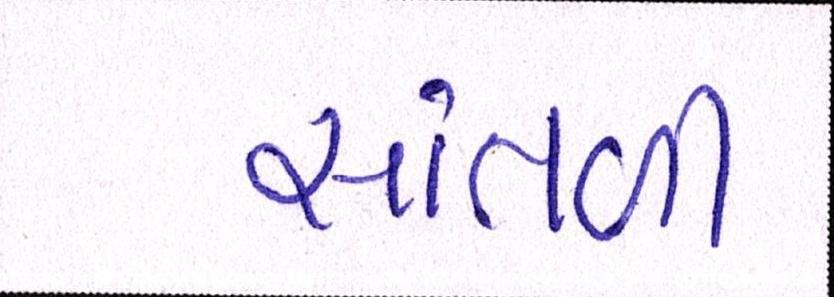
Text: સાંતળી